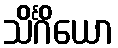
သိင်္ဂိယော